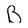
Character: B